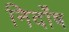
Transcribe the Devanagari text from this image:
निर्दोंष